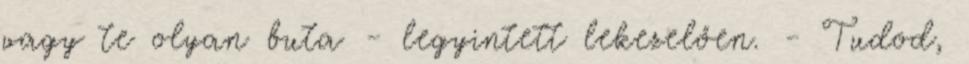
vagy te olyan buta - legyintett lekezelően. - Tudod,